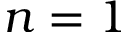
n = 1